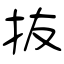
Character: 抜